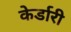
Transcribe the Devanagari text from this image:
केर्डारी